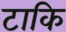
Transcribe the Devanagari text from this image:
टाकि